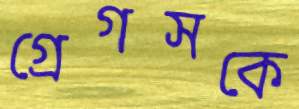
গ্রেগসকে